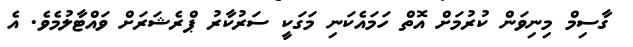
ގާސިމް މިނިވަން ކުރުމަށް އޮތް ހަމައެކަނި މަގަކީ ސަރުކާރު ޕްރެޝަރަށް ވައްޓާލުމެވެ. އެ